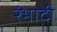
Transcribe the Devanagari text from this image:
रंभादी